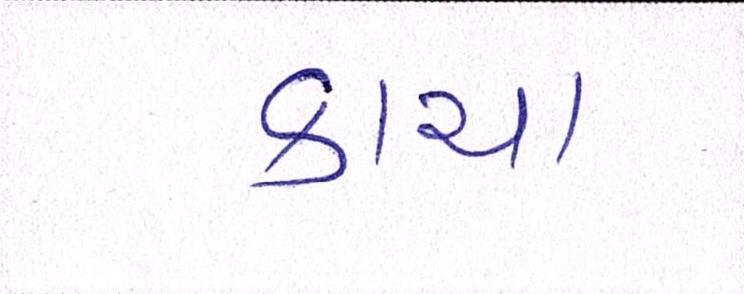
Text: કાચા